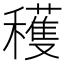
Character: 穫